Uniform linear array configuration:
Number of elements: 24
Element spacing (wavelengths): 0.75
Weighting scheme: uniform
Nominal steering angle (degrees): -45
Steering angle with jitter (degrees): -43.869
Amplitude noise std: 0.05
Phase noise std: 0.05

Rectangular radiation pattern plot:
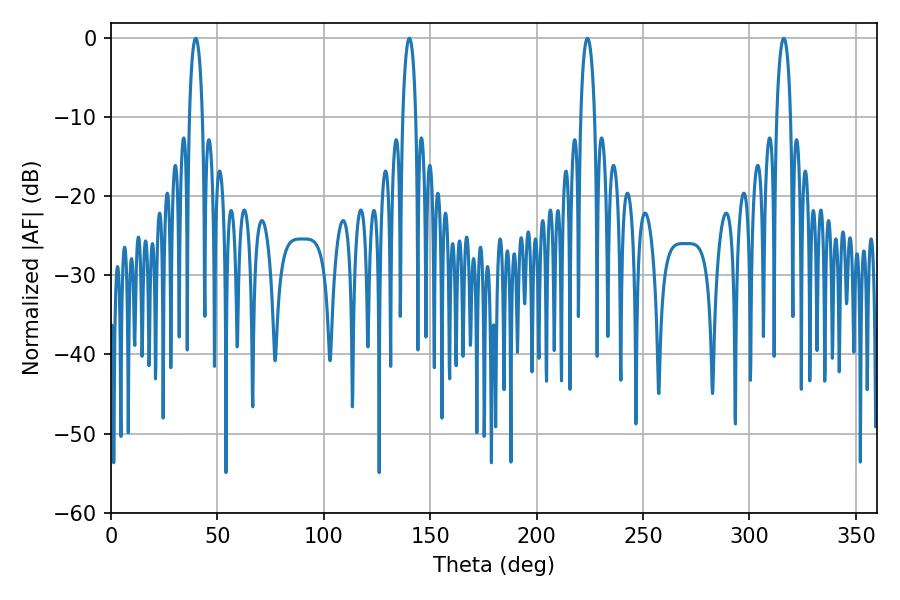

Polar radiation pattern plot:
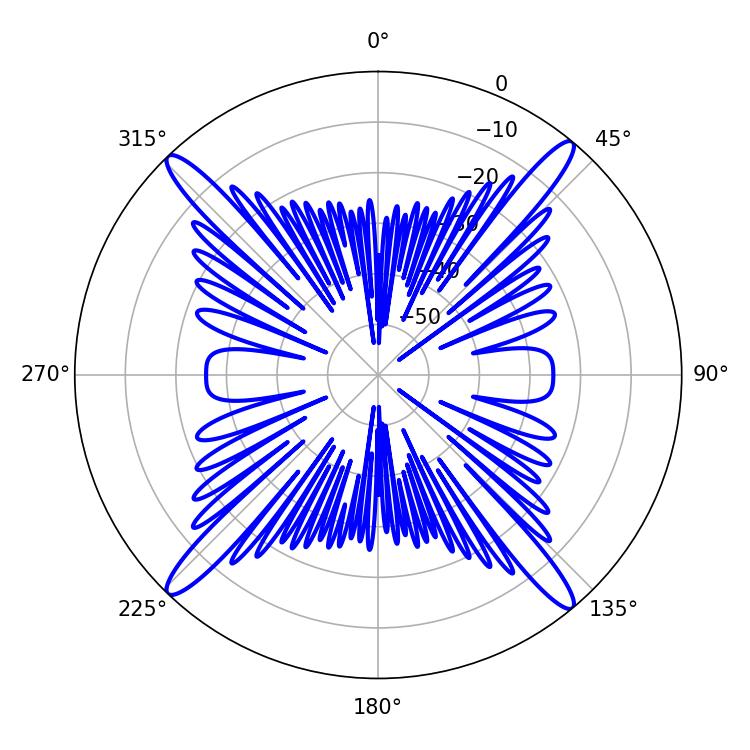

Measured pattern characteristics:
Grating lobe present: TRUE
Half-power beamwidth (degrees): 3.42
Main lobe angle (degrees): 39.78